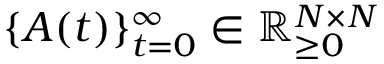
\{ A ( t ) \} _ { t = 0 } ^ { \infty } \in \mathbb { R } _ { \geq 0 } ^ { N \times N }